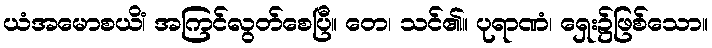
ယံအမောစယိံ၊ အကြင်လွတ်စေပြီ။ တေ၊ သင်၏။ ပုရာဏံ၊ ရှေး၌ဖြစ်သော။